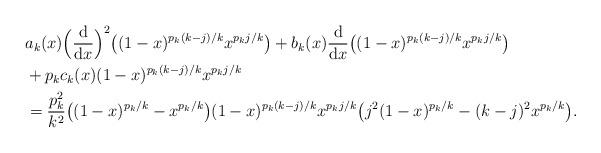
LaTeX: \begin{align*}& a_k(x) \Big(\frac{\textup{d}}{\textup{d}x}\Big)^2\big( (1-x)^{p_k(k-j)/k} x^{p_k j/k} \big)+ b_k(x) \frac{\textup{d}}{\textup{d}x}\big( (1-x)^{p_k(k-j)/k} x^{p_k j/k} \big) \\& + p_k c_k(x) (1-x)^{p_k(k-j)/k} x^{p_k j/k} \\& = \frac{p_k^2}{k^2} \big( (1-x)^{p_k/k} - x^{p_k/k} \big) (1-x)^{p_k(k-j)/k} x^{p_k j/k}\big( j^2 (1-x)^{p_k/k} - (k-j)^2 x^{p_k/k} \big).\end{align*}